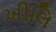
ખીલિ